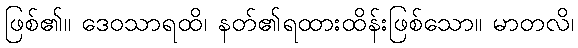
ဖြစ်၏။ ဒေဝသာရထိ၊ နတ်၏ရထားထိန်းဖြစ်သော။ မာတလိ၊